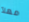
مهلآ